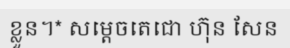
ខ្លួន។* សម្តេចតេជោ ហ៊ុន សែន